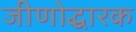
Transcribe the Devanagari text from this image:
जीणोद्धारक